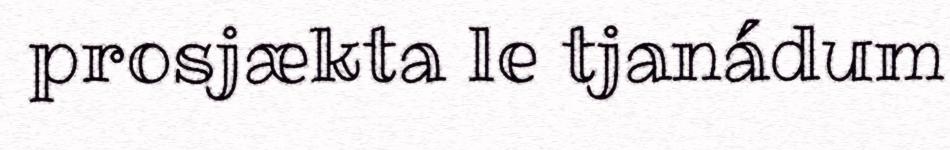
prosjækta le tjanádum